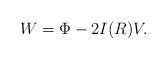
LaTeX: \begin{align*}W= \Phi - 2 I(R) V.\end{align*}